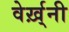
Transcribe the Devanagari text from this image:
वेर्ख़्नी